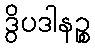
ဒွိပဒါနဉ္စ